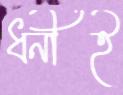
ধনীই